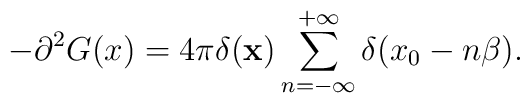
-\partial ^2G(x )=4\pi \delta ({\bf x})\sum_{n=-\infty }^{+\infty } \delta (x_0-n\beta ).